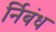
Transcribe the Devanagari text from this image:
र्निबंध